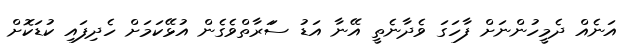
އަނެއް ދެމީހުންނަށް ފާހަގަ ވެދާނެތީ އޭނާ އަޑު ސަަރާތްވެގެން އުޅޭކަމަށް ހެދިފައި ކުޑަކޮށް